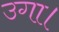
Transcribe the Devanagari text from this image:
उगा।